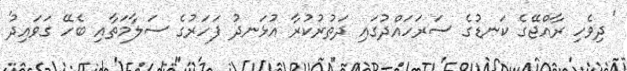
'ދިވެހި ރާއްޖޭގެ ކަނޑުގެ ސަރަހައްދުގައި ދަތުރުކުރާ އުޅަނދު ފަހަރުގެ ސަލާމަތާއި ބެހޭ ގަވައިދު'